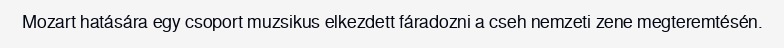
Mozart hatására egy csoport muzsikus elkezdett fáradozni a cseh nemzeti zene megteremtésén.